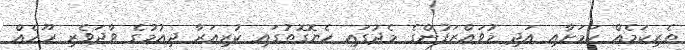
ތެރިކަމެއް ކަމަށާއި އަދި މުވައްޒަފުންގެ މެދުގައި ހެޔޮގޮތުގައި ކުރިއަރާ ދިއުމުގެ ވާދަވެރި ރޫހެއް